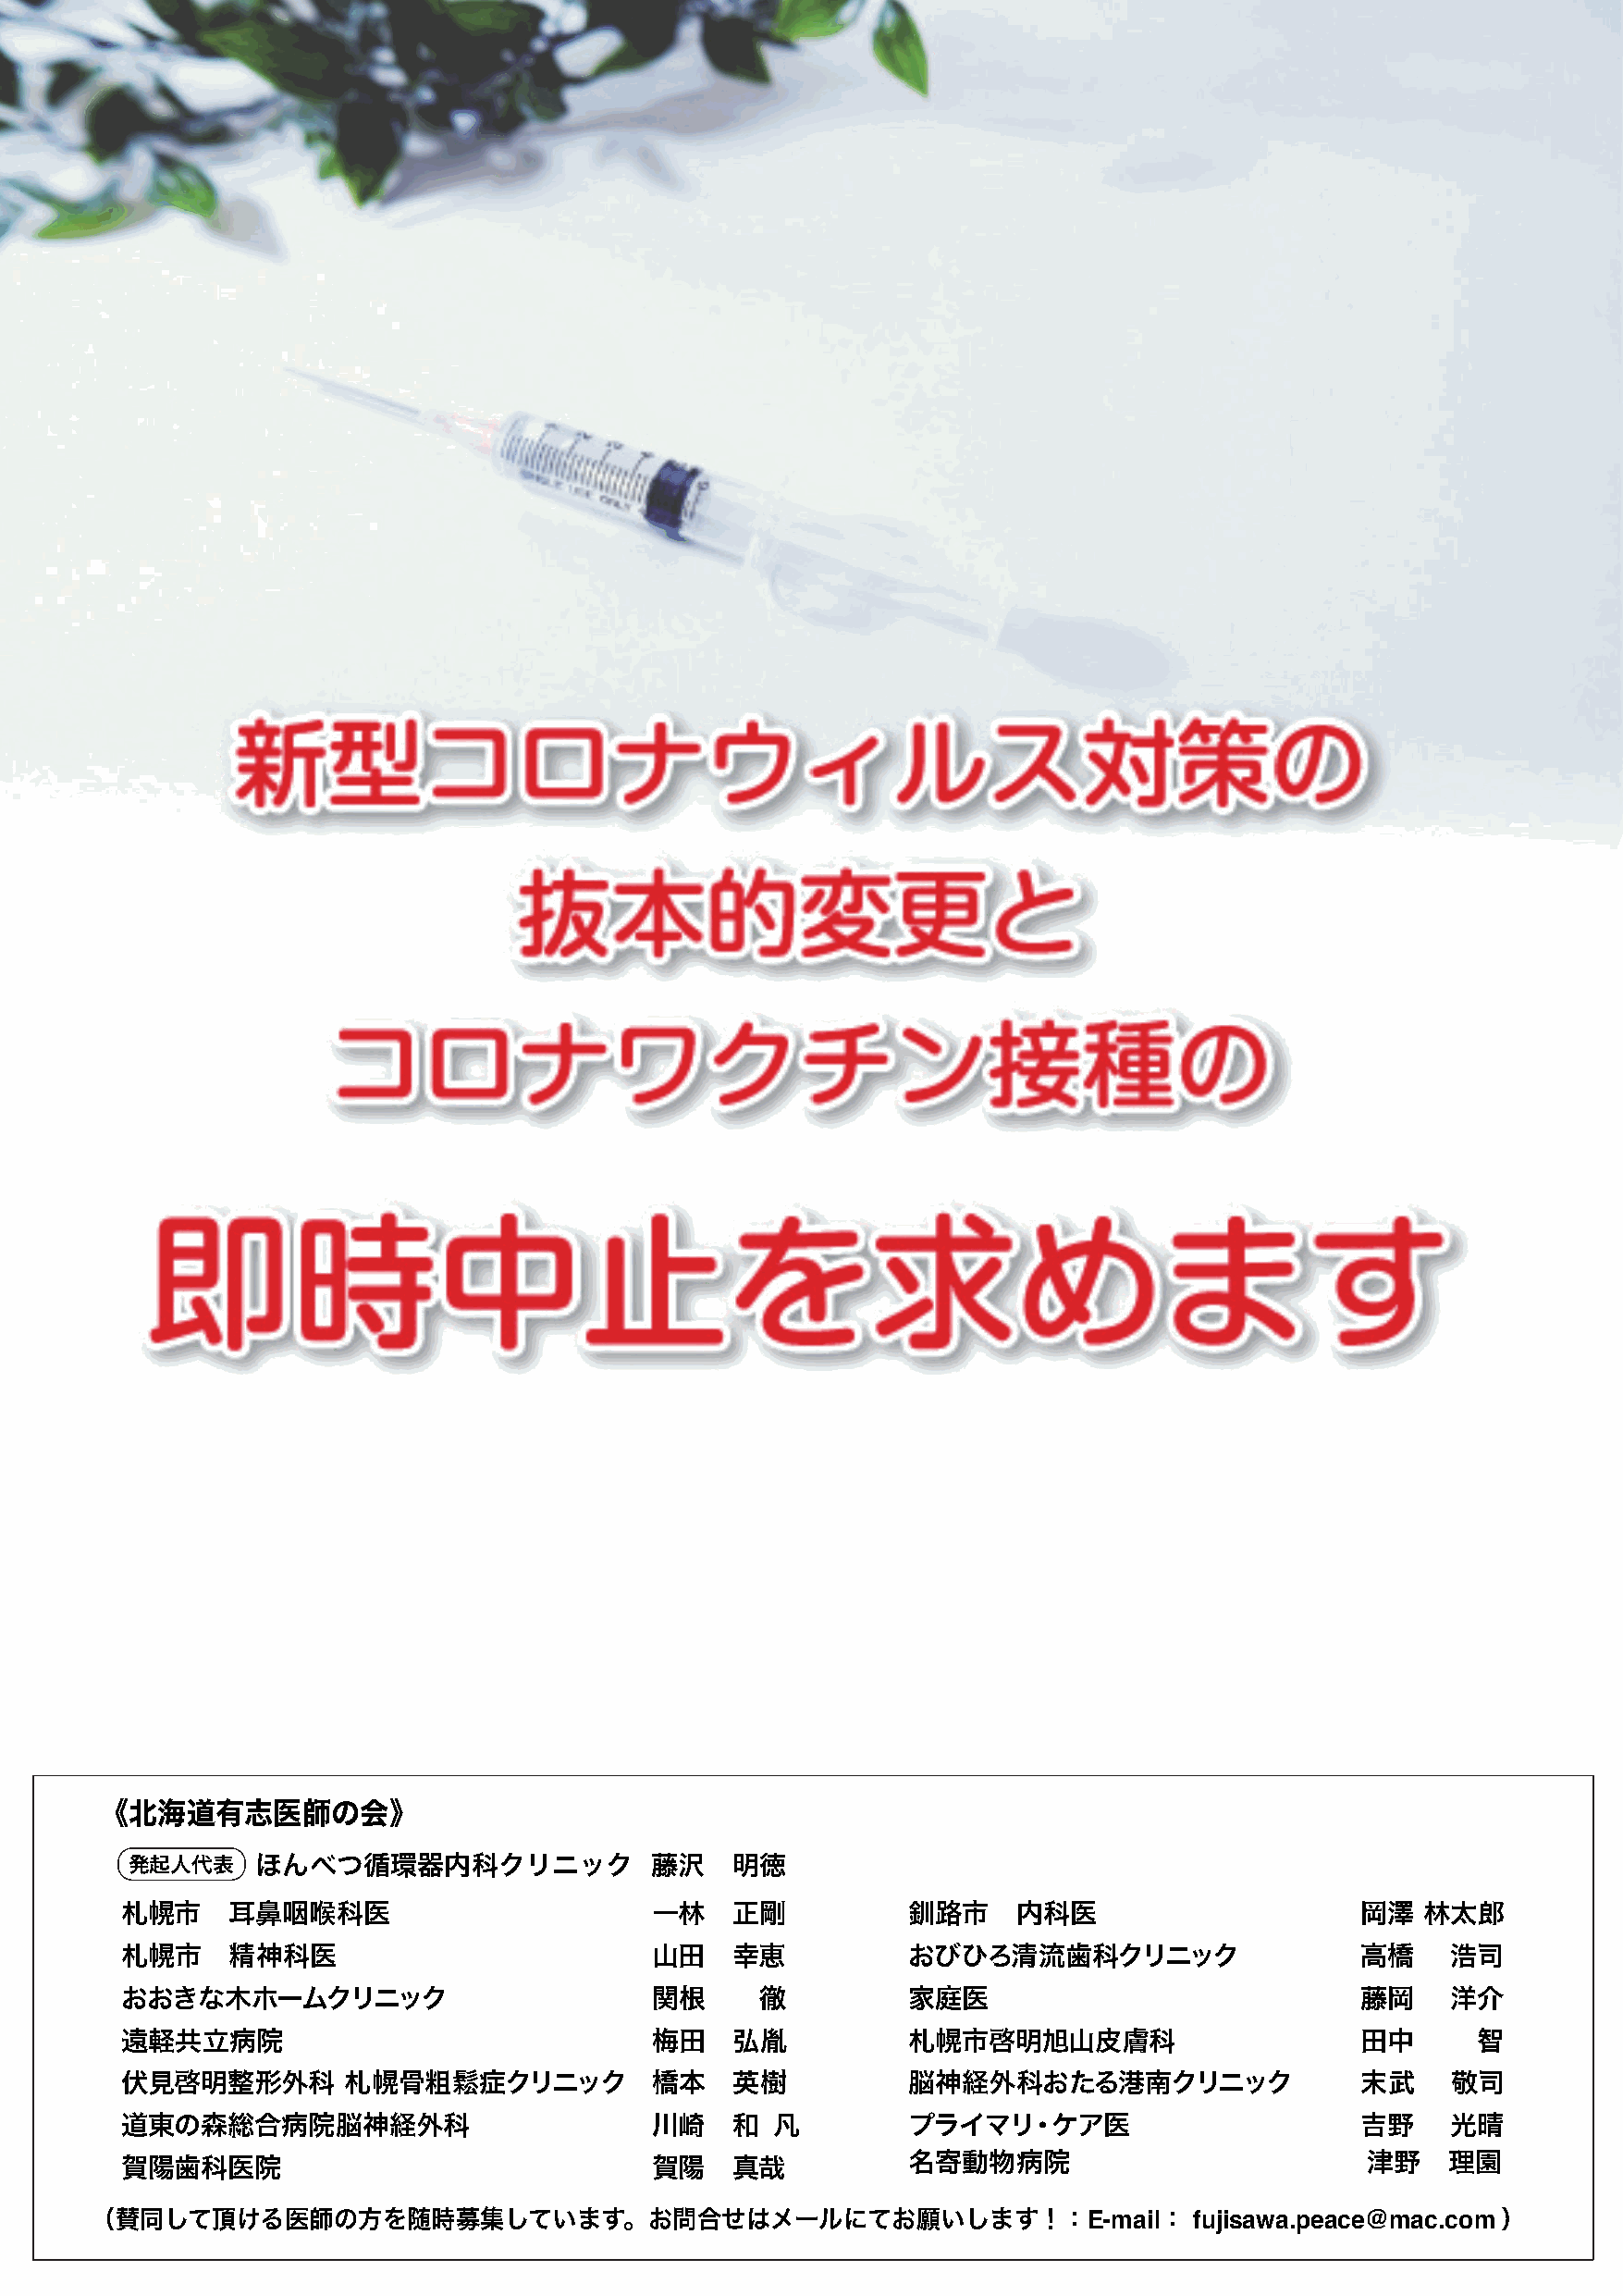
《北海道有志医師の会》
 発起人代表    ほんべつ循環器内科クリニック               藤沢   明徳
 札幌市    耳鼻咽喉科医                         一林   正剛           釧路市     内科医                     岡澤   林太郎
 札幌市    精神科医                           山田   幸恵           おびひろ清流歯科クリニック                   高橋     浩司
 おおきな木ホームクリニック                         関根     徹          家庭医                             藤岡     洋介
 遠軽共立病院                                梅田   弘胤           札幌市啓明旭山皮膚科                      田中       智
 伏見啓明整形外科        札幌骨粗鬆症クリニック           橋本   英樹           脳神経外科おたる港南クリニック                 末武     敬司
 道東の森総合病院脳神経外科                         川崎   和  凡         プラ  イ マ リ・ケア医                   吉野     光晴
 賀陽歯科医院                                賀陽   真哉           名寄動物病院                           津野    理園
 （賛同して頂ける医師の方を随時募集しています。お問合せはメールにてお願いします！：E-mail：                              fujisawa.peace@mac.com）